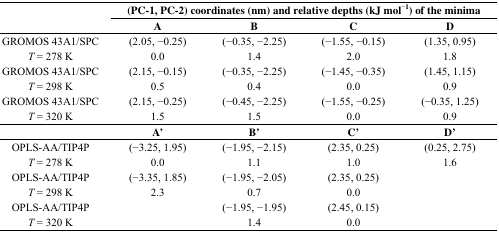
<table><thead><tr><td></td><td colspan="4"><b>(PC-1, PC-2) coordinates (nm) and relative depths (kJ mol<sup>−1</sup>) of the minima</b></td></tr><tr><td></td><td><b>A</b></td><td><b>B</b></td><td><b>C</b></td><td><b>D</b></td></tr></thead><tbody><tr><td>GROMOS 43A1/SPC</td><td>(2.05, −0.25)</td><td>(−0.35, −2.25)</td><td>(−1.55, −0.15)</td><td>(1.35, 0.95)</td></tr><tr><td><i>T</i> = 278 K</td><td>0.0</td><td>1.4</td><td>2.0</td><td>1.8</td></tr><tr><td>GROMOS 43A1/SPC</td><td>(2.15, −0.15)</td><td>(−0.35, −2.25)</td><td>(−1.45, −0.35)</td><td>(1.45, 1.15)</td></tr><tr><td><i>T</i> = 298 K</td><td>0.5</td><td>0.4</td><td>0.0</td><td>0.9</td></tr><tr><td>GROMOS 43A1/SPC</td><td>(2.15, −0.25)</td><td>(−0.45, −2.25)</td><td>(−1.55, −0.25)</td><td>(−0.35, 1.25)</td></tr><tr><td><i>T</i> = 320 K</td><td>1.5</td><td>1.5</td><td>0.0</td><td>0.9</td></tr><tr><td></td><td><b>A</b>′</td><td><b>B</b>′</td><td><b>C</b>′</td><td><b>D</b>′</td></tr><tr><td>OPLS-AA/TIP4P</td><td>(−3.25, 1.95)</td><td>(−1.95, −2.15)</td><td>(2.35, 0.25)</td><td>(0.25, 2.75)</td></tr><tr><td><i>T</i> = 278 K</td><td>0.0</td><td>1.1</td><td>1.0</td><td>1.6</td></tr><tr><td>OPLS-AA/TIP4P</td><td>(−3.35, 1.85)</td><td>(−1.95, −2.05)</td><td>(2.35, 0.25)</td><td></td></tr><tr><td><i>T</i> = 298 K</td><td>2.3</td><td>0.7</td><td>0.0</td><td></td></tr><tr><td>OPLS-AA/TIP4P</td><td></td><td>(−1.95, −1.95)</td><td>(2.45, 0.15)</td><td></td></tr><tr><td><i>T</i> = 320 K</td><td></td><td>1.4</td><td>0.0</td><td></td></tr></tbody></table>